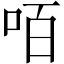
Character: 咟